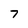
Character: 7